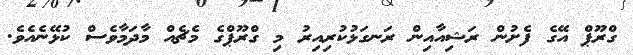
ގްރޫޕް އޭގެ ފެށުން ރަޝިއާއިން ރަނގަޅުކުރިއިރު މި ގްރޫޕްގެ މެޗެއް މާދަމާވެސް ކުޅޭނެއެވެ.